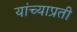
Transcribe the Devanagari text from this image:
यांच्याप्रती